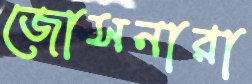
জোসনারা